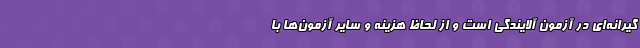
گیرانه‌ای در آزمون آلایندگی است و از لحاظ هزینه و سایر آزمون‌ها با